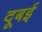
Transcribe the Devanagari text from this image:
दूबई